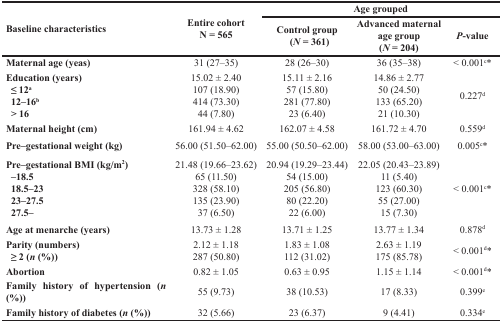
<table><thead><tr><td rowspan="2"><b>Baseline characteristics</b></td><td rowspan="2"><b>Entire cohort N = 565</b></td><td colspan="3"><b>Age grouped</b></td></tr><tr><td><b>Control group (<i>N</i> = 361)</b></td><td><b>Advanced maternal age group (<i>N</i> = 204)</b></td><td><b><i>P</i>-value</b></td></tr></thead><tbody><tr><td><b>Maternal age (yeas)</b></td><td>31 (27–35)</td><td>28 (26–30)</td><td>36 (35–38)</td><td>&lt; 0.001<sup>c</sup>*</td></tr><tr><td><b>Education (years)</b></td><td>15.02 ± 2.40</td><td>15.11 ± 2.16</td><td>14.86 ± 2.77</td><td rowspan="4">0.227<sup>d</sup></td></tr><tr><td> <b>≤ 12<sup>a</sup></b></td><td>107 (18.90)</td><td>57 (15.80)</td><td>50 (24.50)</td></tr><tr><td> <b>12–16<sup>b</sup></b></td><td>414 (73.30)</td><td>281 (77.80)</td><td>133 (65.20)</td></tr><tr><td> <b>&gt; 16</b></td><td>44 (7.80)</td><td>23 (6.40)</td><td>21 (10.30)</td></tr><tr><td><b>Maternal height (cm)</b></td><td>161.94 ± 4.62</td><td>162.07 ± 4.58</td><td>161.72 ± 4.70</td><td>0.559<sup>d</sup></td></tr><tr><td><b>Pre–gestational weight (kg)</b></td><td>56.00 (51.50–62.00)</td><td>55.00 (50.50–62.00)</td><td>58.00 (53.00–63.00)</td><td>0.005<sup>c</sup>*</td></tr><tr><td><b>Pre–gestational BMI (kg/m<sup>2</sup>)</b></td><td>21.48 (19.66–23.62)</td><td>20.94 (19.29–23.44)</td><td>22.05 (20.43–23.89)</td><td rowspan="5">&lt; 0.001<sup>c</sup>*</td></tr><tr><td> <b>–18.5</b></td><td>65 (11.50)</td><td>54 (15.00)</td><td>11 (5.40)</td></tr><tr><td><b>18.5–23</b></td><td>328 (58.10)</td><td>205 (56.80)</td><td>123 (60.30)</td></tr><tr><td><b>23–27.5</b></td><td>135 (23.90)</td><td>80 (22.20)</td><td>55 (27.00)</td></tr><tr><td><b>27.5–</b></td><td>37 (6.50)</td><td>22 (6.00)</td><td>15 (7.30)</td></tr><tr><td><b>Age at menarche (years)</b></td><td>13.73 ± 1.28</td><td>13.71 ± 1.25</td><td>13.77 ± 1.34</td><td>0.878<sup>d</sup></td></tr><tr><td><b>Parity (numbers)</b></td><td>2.12 ± 1.18</td><td>1.83 ± 1.08</td><td>2.63 ± 1.19</td><td rowspan="2">&lt; 0.001<sup>d</sup>*</td></tr><tr><td> <b>≥ 2 (</b><b><i>n</i></b><b>(%))</b></td><td>287 (50.80)</td><td>112 (31.02)</td><td>175 (85.78)</td></tr><tr><td><b>Abortion</b></td><td>0.82 ± 1.05</td><td>0.63 ± 0.95</td><td>1.15 ± 1.14</td><td>&lt; 0.001<sup>d</sup>*</td></tr><tr><td><b>Family history of hypertension (</b><b><i>n</i></b><b>(%))</b></td><td>55 (9.73)</td><td>38 (10.53)</td><td>17 (8.33)</td><td>0.399<sup>e</sup></td></tr><tr><td><b>Family history of diabetes (</b><b><i>n</i></b><b>(%))</b></td><td>32 (5.66)</td><td>23 (6.37)</td><td>9 (4.41)</td><td>0.334<sup>e</sup></td></tr></tbody></table>